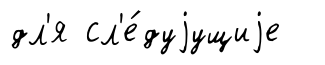
дл'я сл'е́дуjущиjе